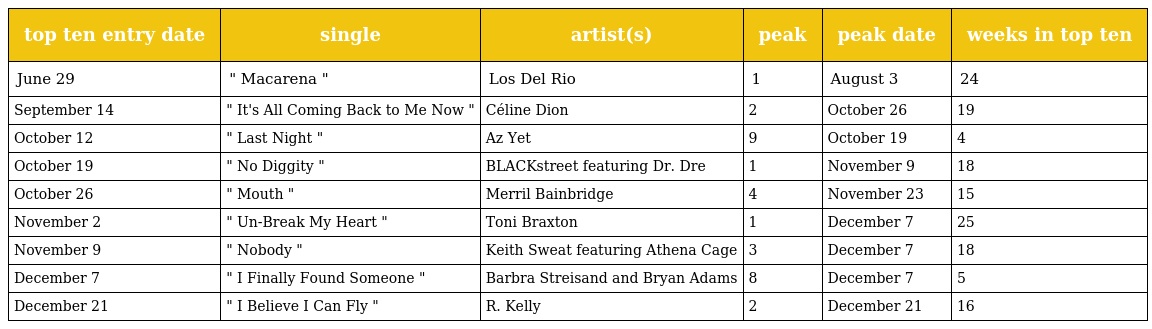
| top ten entry date | single | artist(s) | peak | peak date | weeks in top ten |
 | --- | --- | --- | --- | --- | --- |
 | June 29 | " Macarena " | Los Del Rio | 1 | August 3 | 24 |
 | September 14 | " It's All Coming Back to Me Now " | Céline Dion | 2 | October 26 | 19 |
 | October 12 | " Last Night " | Az Yet | 9 | October 19 | 4 |
 | October 19 | " No Diggity " | BLACKstreet featuring Dr. Dre | 1 | November 9 | 18 |
 | October 26 | " Mouth " | Merril Bainbridge | 4 | November 23 | 15 |
 | November 2 | " Un-Break My Heart " | Toni Braxton | 1 | December 7 | 25 |
 | November 9 | " Nobody " | Keith Sweat featuring Athena Cage | 3 | December 7 | 18 |
 | December 7 | " I Finally Found Someone " | Barbra Streisand and Bryan Adams | 8 | December 7 | 5 |
 | December 21 | " I Believe I Can Fly " | R. Kelly | 2 | December 21 | 16 |